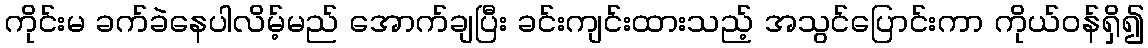
ကိုင်းမ ခက်ခဲနေပါလိမ့်မည် အောက်ချပြီး ခင်းကျင်းထားသည့် အသွင်ပြောင်းကာ ကိုယ်ဝန်ရှိ၍